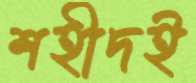
শহীদই